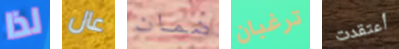
لذا عال ضمان ترغبان أعتقدت